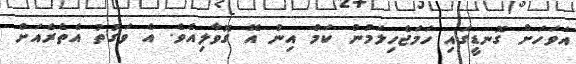
އަވަހަށް ގޮނޑީގައި ހަމަޖެހިލަމުން ކަމް އިން އޭ ގޮވާލިއެވެ. އެ ވަގުތު އެތެރެއަށް